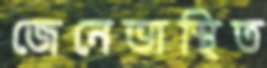
জেনেভাস্থিত